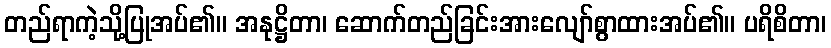
တည်ရာကဲ့သို့ပြုအပ်၏။ အနုဋ္ဌိတာ၊ ဆောက်တည်ခြင်းအားလျော်စွာထားအပ်၏။ ပရိစိတာ၊